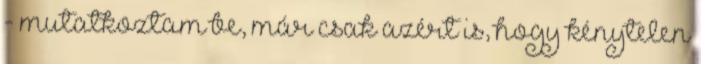
- mutatkoztam be, már csak azért is, hogy kénytelen